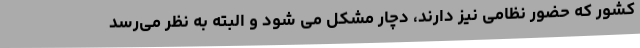
کشور که حضور نظامی نیز دارند، دچار مشکل می شود و البته به نظر می‌رسد